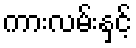
ကားလမ်းနှင့်